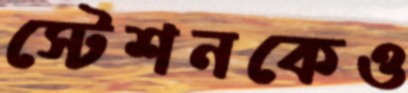
স্টেশনকেও